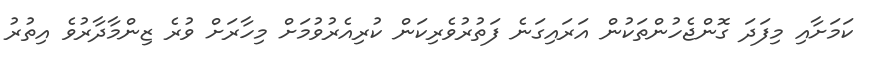
ކަމަށާއި މިފަދަ ގޮންޖެހުންތަކުން އަރައިގަނެ ފަތުރުވެރިކަން ކުރިއެރުވުމަށް މިހާރަށް ވުރެ ޒިންމާދާރުވެ އިތުރު